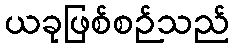
ယခုဖြစ်စဉ်သည်